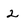
Character: 2